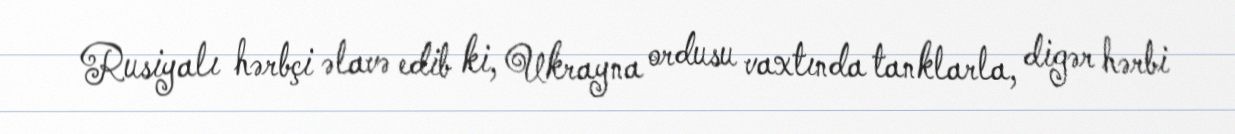
Rusiyalı hərbçi əlavə edib ki, Ukrayna ordusu vaxtında tanklarla, digər hərbi